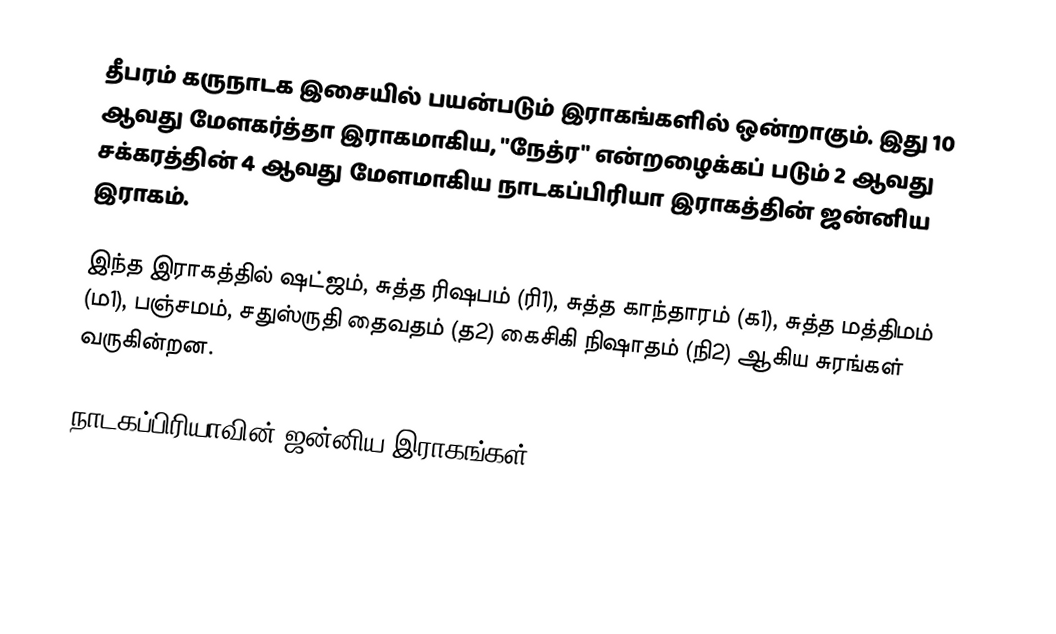
தீபரம் கருநாடக இசையில் பயன்படும் இராகங்களில் ஒன்றாகும். இது 10 ஆவது மேளகர்த்தா இராகமாகிய, "நேத்ர" என்றழைக்கப் படும் 2 ஆவது சக்கரத்தின் 4 ஆவது மேளமாகிய நாடகப்பிரியா இராகத்தின் ஜன்னிய இராகம்.

இந்த இராகத்தில் ஷட்ஜம், சுத்த ரிஷபம் (ரி1),  சுத்த காந்தாரம் (க1), சுத்த மத்திமம் (ம1), பஞ்சமம்,  சதுஸ்ருதி தைவதம் (த2) கைசிகி நிஷாதம்  (நி2) ஆகிய சுரங்கள் வருகின்றன.

நாடகப்பிரியாவின் ஜன்னிய இராகங்கள்